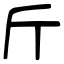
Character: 斤